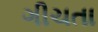
ગીચતા